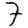
Digit: 7